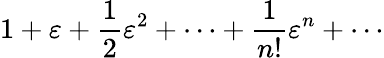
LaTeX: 1+\varepsilon+{\frac{1}{2}}\varepsilon^{2}+\cdots+{\frac{1}{n!}}\varepsilon^{n}+\cdots